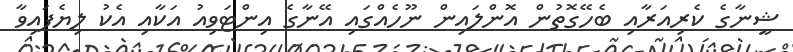
ޝީނާގެ ކެރިއަރާއި ބެހޭގޮތުން އޮންލައިން ނޫހެއްގައި އޭނާގެ އިންޓަވިއު އަކާއި އެކު ލިޔެފައިވާ